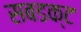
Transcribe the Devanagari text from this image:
सबडक्ट